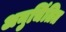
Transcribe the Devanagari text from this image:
अनुचिंतित